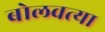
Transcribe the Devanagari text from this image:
बोलवत्या